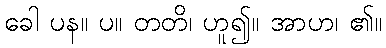
ခေါ ပန။ ပ။ တတိ၊ ဟူ၍။ အာဟ၊ ၏။